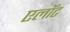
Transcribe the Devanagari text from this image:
एलॉट